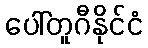
ပေါ်တူဂီနိုင်ငံ